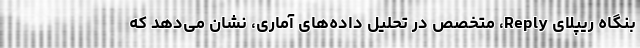
بنگاه ریپلای Reply، متخصص در تحلیل داده‌های آماری، نشان می‌دهد که